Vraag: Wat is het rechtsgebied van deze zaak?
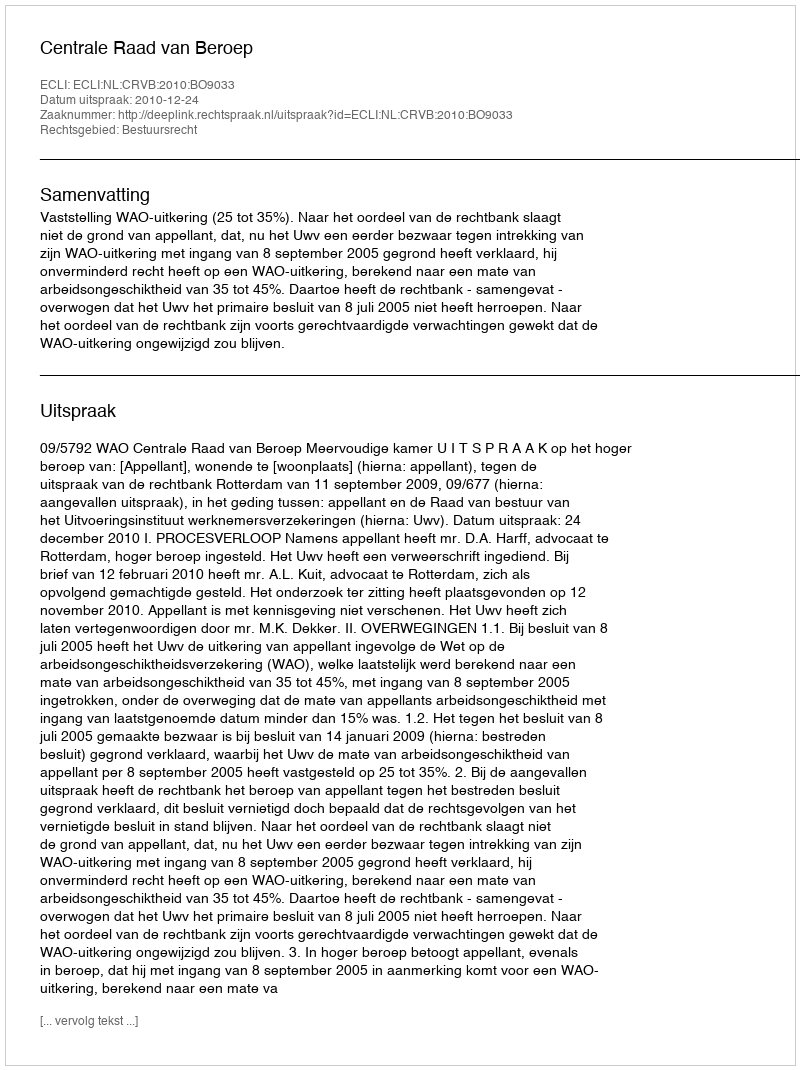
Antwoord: Bestuursrecht